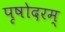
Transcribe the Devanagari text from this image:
पृषोदरम्